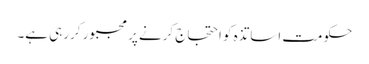
حکومت اساتذہ کو احتجاج کرنے پر مجبور کررہی ہے۔